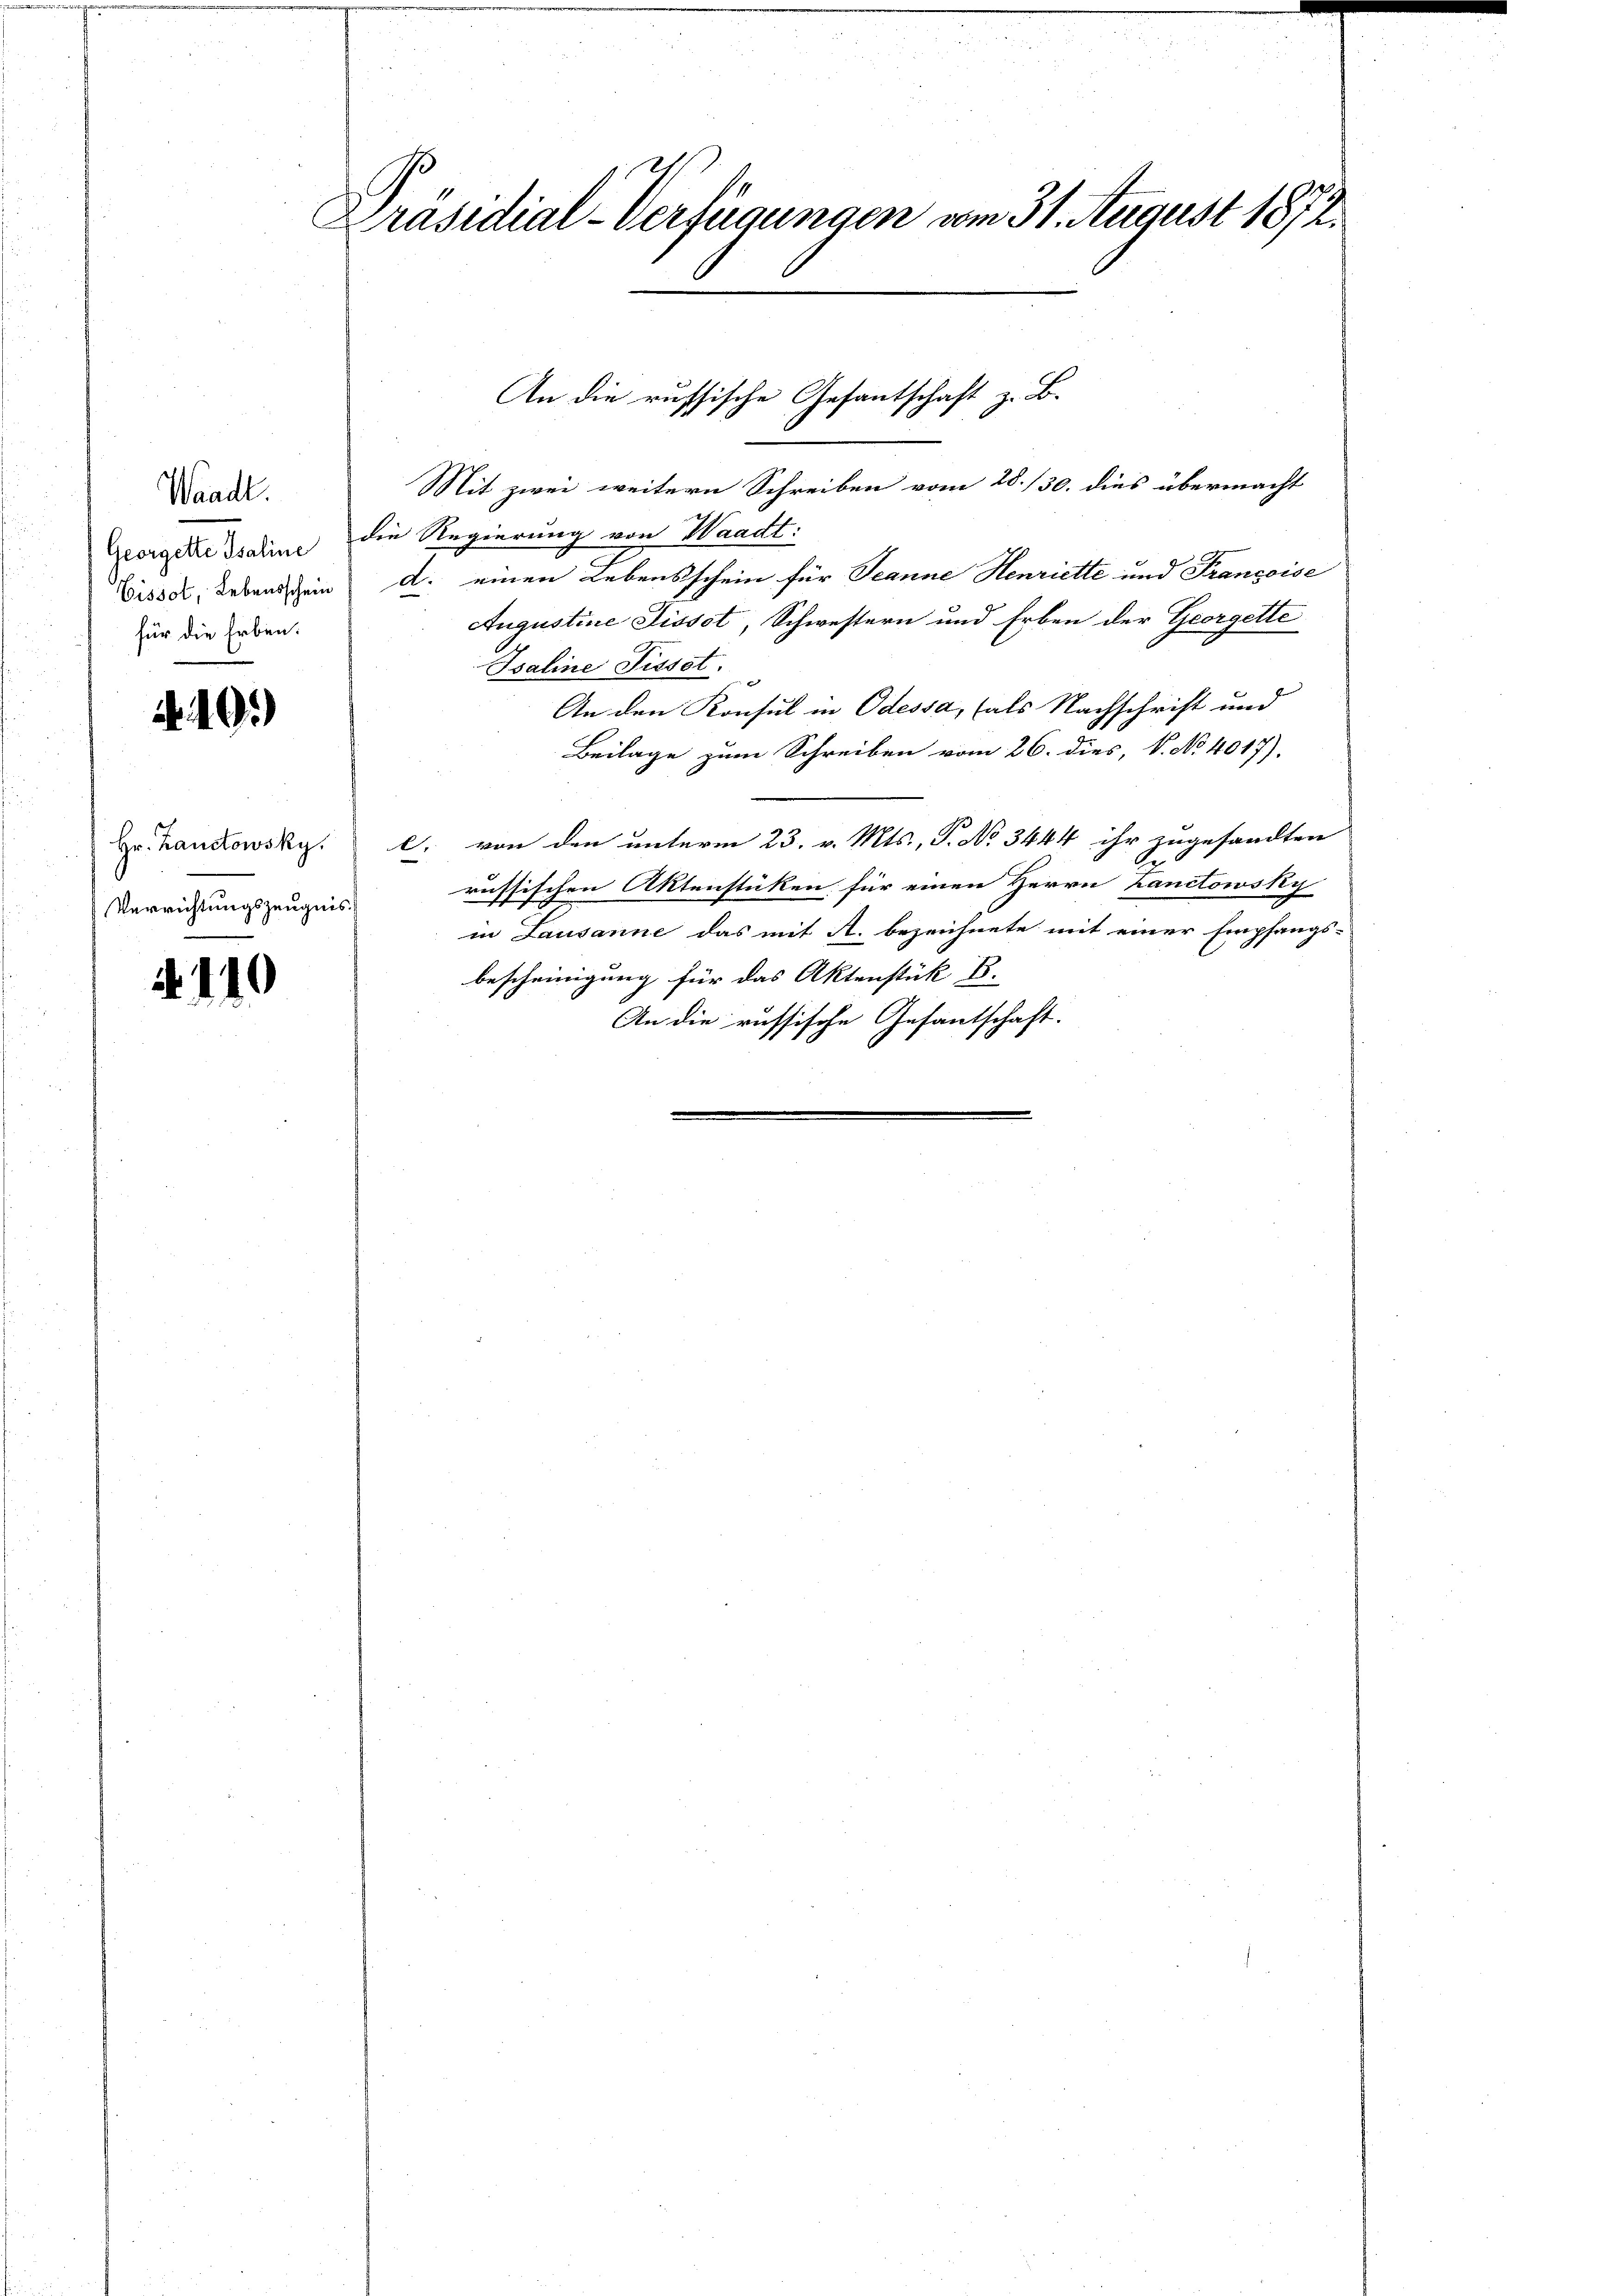
Waadt.
Georgette Isaline
für die Erben.

4.40.)

Verrichtungszeugnis

N. 110

l
Präsidial-Verfügungen vom 31. August 1872.

Mit zwei weitern Schreiben vom 28./30. dies übermacht
die Regierung von Waadt:
Tissor Lebenschein d. einen Lebensschein für Jeanne Henriette und Françoise
Augustine Tissot, Schwestern und Erben der Georgette
Bsaline Fusset.
An den Konsul in Odessa, (als Nachschrift und
Beilage zum Schreiben vom 26. dies, V. No 4017).
Hr. Landrowsky. l. von den unterm 23. v. Mts., P. No 3444 ihr zugesandten
russischen Aktenstücken für einen Herrn Kanctowsky
in Lausanne das mit A. bezeichnete mit einer Empfangs-
bescheinigung für das Aktenstük E.
An die russische Gesantschaft.

An die russische Gesantschaft z. B.